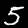
Digit: 5